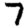
Digit: 7